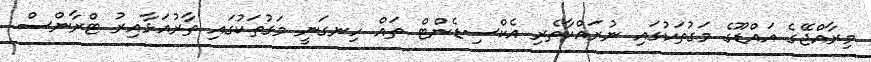
މިރާއްޖޭގެ އައްޑޫގެ މަގުތަކުގައި ނުރައްކާތެރި އެކްސިޑެންޓް ތައް ހިނގަނީ މަގުތަކުގައި ތާރުއަޅާއިރު ޓްރާންސް